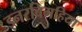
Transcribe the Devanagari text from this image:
इनरबिगहिया